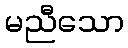
မညီသော